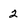
Character: 2